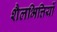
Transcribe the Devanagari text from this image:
शैलभित्तियों